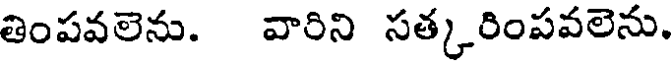
తింపవలెను. వారిని సత్కరింపవలెను.